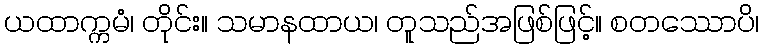
ယထာက္ကမံ၊ တိုင်း။ သမာနထာယ၊ တူသည်အဖြစ်ဖြင့်။ စတဿောပိ၊